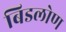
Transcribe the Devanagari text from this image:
बिडलोण